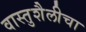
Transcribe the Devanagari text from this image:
वास्तुशैलीचा